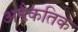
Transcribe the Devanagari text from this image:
अनैकतिक